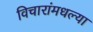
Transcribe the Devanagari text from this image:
विचारांमधल्या